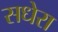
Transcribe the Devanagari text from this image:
सधेरा